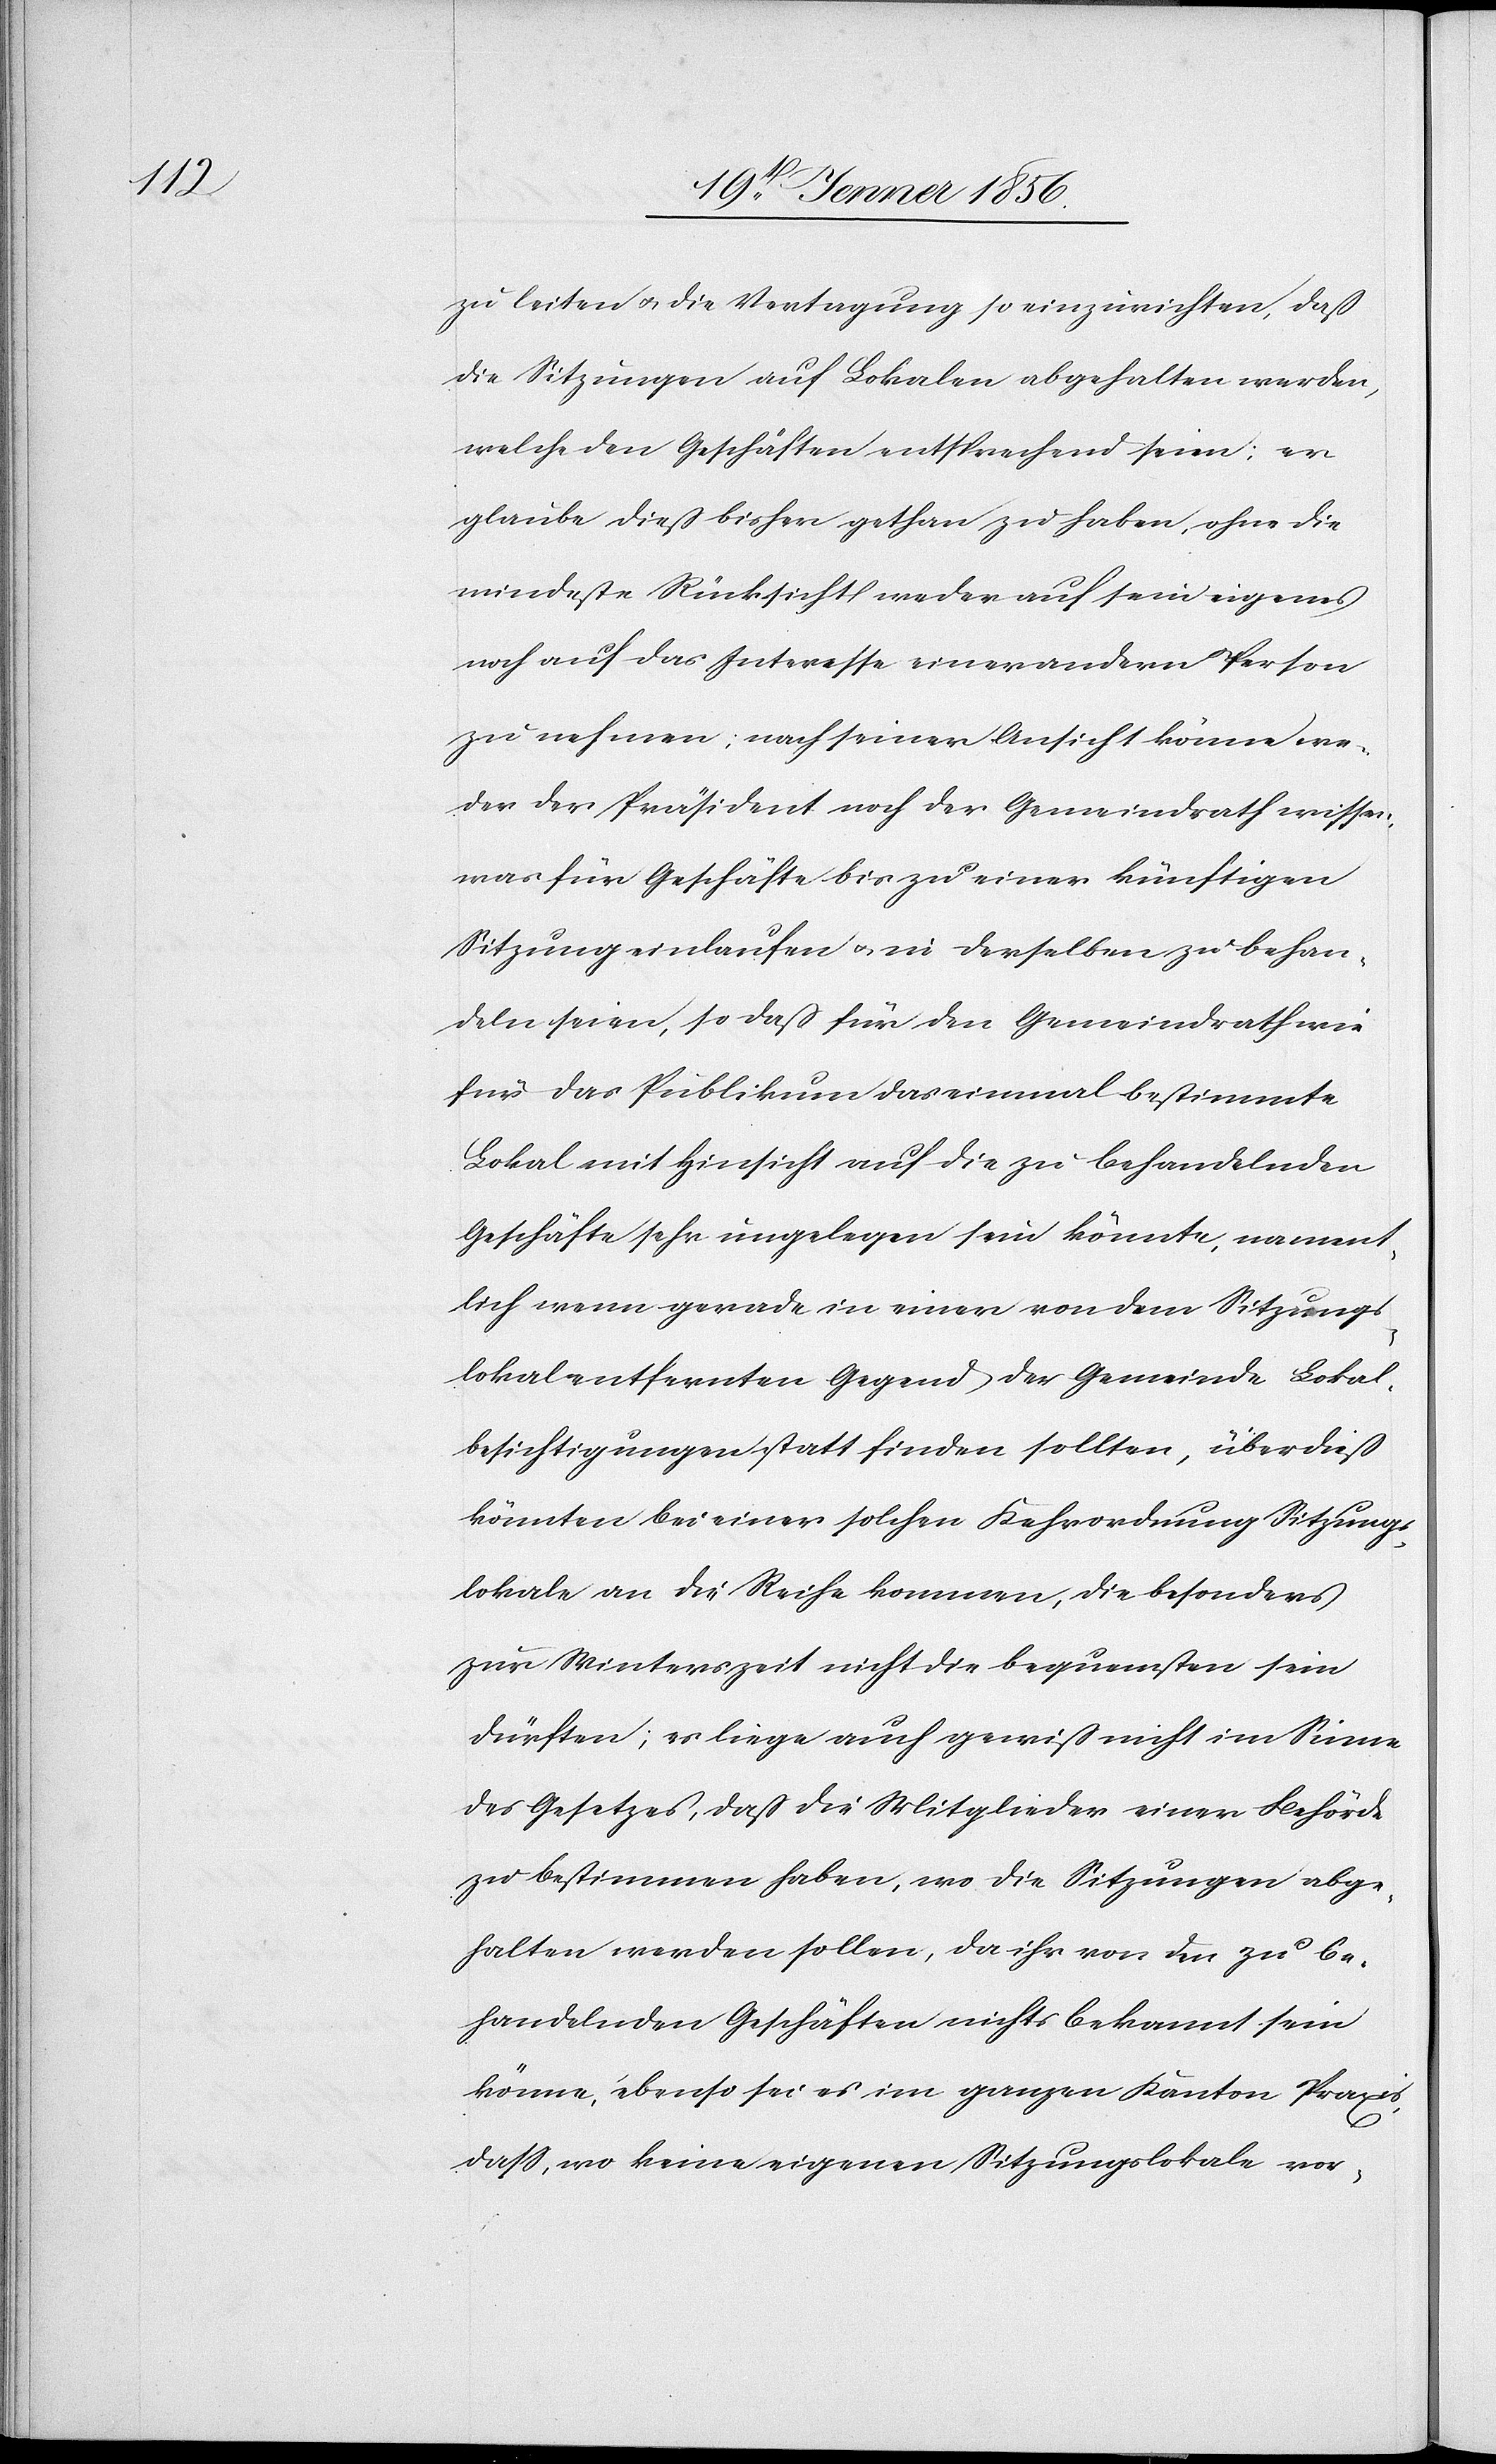
zu leiten u. die Vertagung so einzurichten, daß
die Sitzungen auf Lokalen abgehalten werden,
welche den Geschäften entsprechend seien; er
glaube dieß bisher gethan zu haben, ohne die
mindeste Rücksicht weder auf sein eigenes
noch auf das Interesse einer andern Person
zu nehmen; nach seiner Ansicht könne we¬
der der Präsident noch der Gemeindrath wissen,
was für Geschäfte bis zu einer künftigen
Sitzung einlaufen u. in derselben zu behan¬
deln seien, so daß für den Gemeindrath wie
für das Publikum das einmal bestimmte
Lokal mit Hinsicht auf die zu behandelnden
Geschäfte sehr ungelegen sein könnte, nament¬
lich wenn gerade in einer von dem Sitzungs¬
lokal entfernten Gegend der Gemeinde Lokal¬
besichtigungen statt finden sollten, überdieß
könnten bei einer solchen Kehrordnung Sitzungs¬
lokale an die Reihe kommen, die besonders
zur Winterzeit nicht die bequemsten sein
dürften; es liege auch gewiß nicht im Sinne
des Gesetzes, daß die Mitglieder einer Behörde
zu bestimmen haben, wo die Sitzungen abge¬
halten werden sollen, da ihr von den zu be¬
handelnden Geschäften nichts bekannt sein
könne, ebenso sei es im ganzen Kanton Praxis,
daß, wo keine eigenen Sitzungslokale vor-